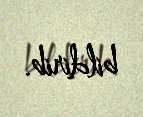
bildirib.